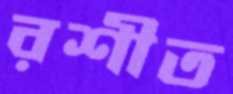
রশীত